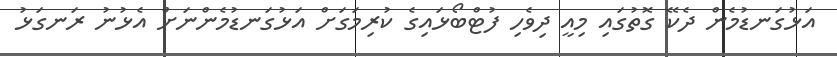
އަޅުގަނޑުމެން ދެކޭ ގޮތުގައި މިއީ ދިވެހި ފުޓްބޯޅައިގެ ކުރިމަގަށް އަޅުގަނޑުމެންނަށް އެޅުނު ރަނގަޅު